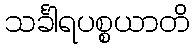
သင်္ခါရပစ္စယာတိ